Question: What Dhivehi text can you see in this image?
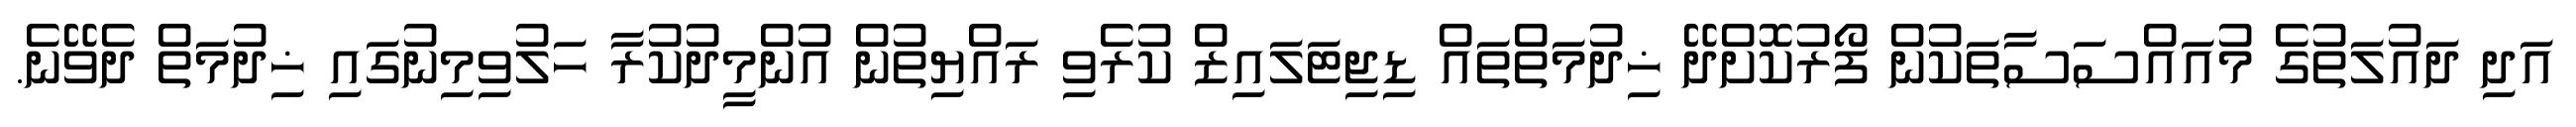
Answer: އަދި ދައުލަތުގެ މުއައްސަސާތަކުން ފޯރުކޮށްދޭ ޚިދުމަތްތައް ޑިޖިޓަލައިޒް ކުރެވި ރައްޔިތުން އުންމީދުކުރާ ހަލުވިމިނުގައި ޚިދުމަތް ދެވޭނެ.